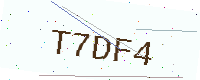
Text: T7DF4